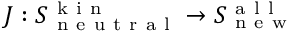
J : S _ { \mathrm { ~ n ~ e ~ u ~ t ~ r ~ a ~ l ~ } } ^ { \mathrm { ~ k ~ i ~ n ~ } } \to S _ { \mathrm { ~ n ~ e ~ w ~ } } ^ { \mathrm { ~ a ~ l ~ l ~ } }